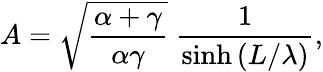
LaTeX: A=\sqrt{\frac{\alpha+\gamma}{\alpha\gamma}}\ \frac{1}{\sinh{(L/\lambda)}},